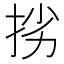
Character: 挘